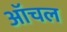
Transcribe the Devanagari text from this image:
ऑचल